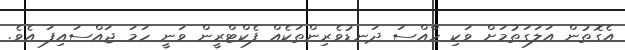
އެގޮތުން އަލަގަތުމަށް ވަކި ހާއްސަ ދަނޑުވެރިންތަކެއް ފެކްޓްރީން ވަނީ ހަމަ ޖައްސައިފަ އެވެ.